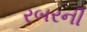
રબરની